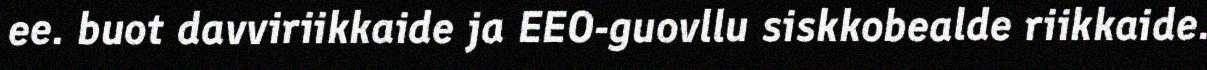
ee. buot davviriikkaide ja EEO-guovllu siskkobealde riikkaide.